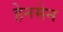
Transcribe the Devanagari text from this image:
हेनमेन